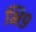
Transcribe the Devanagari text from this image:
भि९